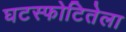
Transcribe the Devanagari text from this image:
घटस्फोटितेला